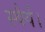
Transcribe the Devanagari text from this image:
स्थैर्य।